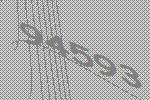
94593